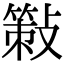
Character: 𢿸